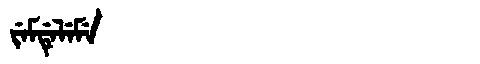
Manchu: ᠵᡝᠮᡩᡝᠯᡝᠮᡝ
Romanization: JEMDELEME